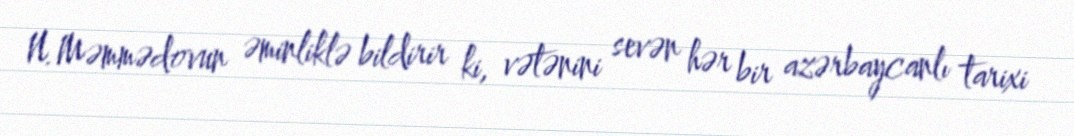
N.Məmmədovun əminliklə bildirir ki, vətənini sevən hər bir azərbaycanlı tarixi